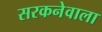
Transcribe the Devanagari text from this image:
सरकनेवाला